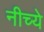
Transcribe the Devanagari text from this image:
नीच्ये